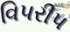
વિપરીપ